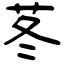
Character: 苳